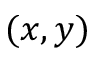
( x , y )